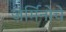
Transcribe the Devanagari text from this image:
जर्मिनोचे